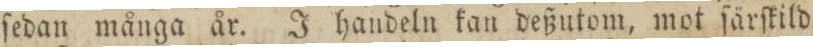
ſedan många år. J handeln kan deßutom, mot ſärſkild